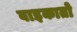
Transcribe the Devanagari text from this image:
वाइकातो